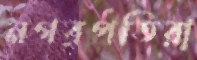
নগরপতিরা